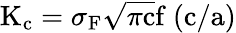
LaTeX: \mathrm{K_{c}}=\sigma_{\mathrm{F}}{\sqrt{\pi\mathrm{c}}}\mathrm{f\ (c/a)}